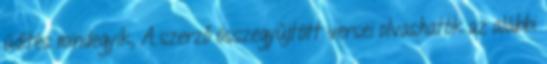
üdítés mindegyik, A szerző összegyűjtött versei olvashatók az alábbi